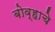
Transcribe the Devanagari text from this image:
बोव्हाचे